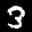
Label: 3